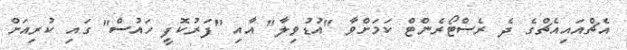
އެޗްއައިއެޗްގެ ދެ ރެސްޓޯރެންޓް ކަމަށްވާ "އުޑުވިލާ" އާއި "ފަރުކޮފީ ހައުސް" ގައި ކުރިއަށް